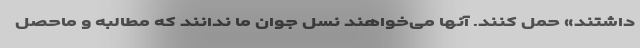
داشتند» حمل کنند. آنها می‌خواهند نسل جوان ما ندانند که مطالبه و ماحصل